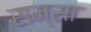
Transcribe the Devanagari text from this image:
सम्सा